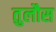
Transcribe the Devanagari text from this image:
तुलौस